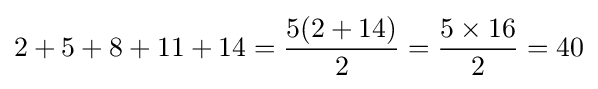
2+5+8+11+14={\frac {5(2+14)}{2}}={\frac {5\times 16}{2}}=40